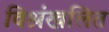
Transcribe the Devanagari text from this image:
विश्रंखलित